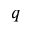
q